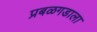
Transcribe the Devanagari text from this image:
प्रबळगडाला